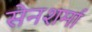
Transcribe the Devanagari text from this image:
सेनशर्मा